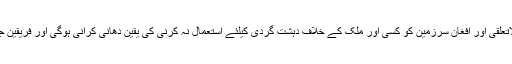
طالبان کو بین القوامی دہشت گرد گروپوں سے لاتعلقی اور افغان سرزمین کو کسی اور ملک کے خلاف دہشت گردی کیلئے استعمال نہ کرنی کی یقین دھانی کرانی ہوگی اور فریقین جنگ بندی پر عملدرامد کرانے کی پابند ہونگے ۔